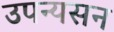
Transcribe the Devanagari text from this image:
उपन्यसन